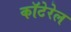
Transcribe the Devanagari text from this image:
कॉटेरेल